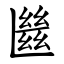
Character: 㡭